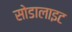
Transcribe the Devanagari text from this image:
सोडालाइट